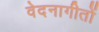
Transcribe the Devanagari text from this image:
वेदनागीतों